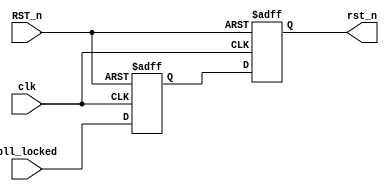
module rst_synch(clk,RST_n,pll_locked,rst_n);

input clk;			// 50MHz clock
input RST_n;		// non synched reset from push button
input pll_locked;	// don't deassert reset till PLL is locked
output reg rst_n;	// synched on deassert to negedge of clock

reg q1;

////////////////////////////////////////////////
// rst_n is asserted asynch, but deasserted  //
// syncronized to negedge clock.  Two flops //
// are used for metastability purposes.    //
////////////////////////////////////////////
always @(negedge clk, negedge RST_n)
  if (!RST_n)
    begin
	  q1    <= 1'b0;
	  rst_n <= 1'b0;
	end
  else
    begin
	  q1    <= pll_locked;
	  rst_n <= q1;
	end

endmodule